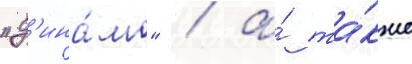
"д'ина́мо" / а́ та́кже